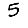
Digit: 5